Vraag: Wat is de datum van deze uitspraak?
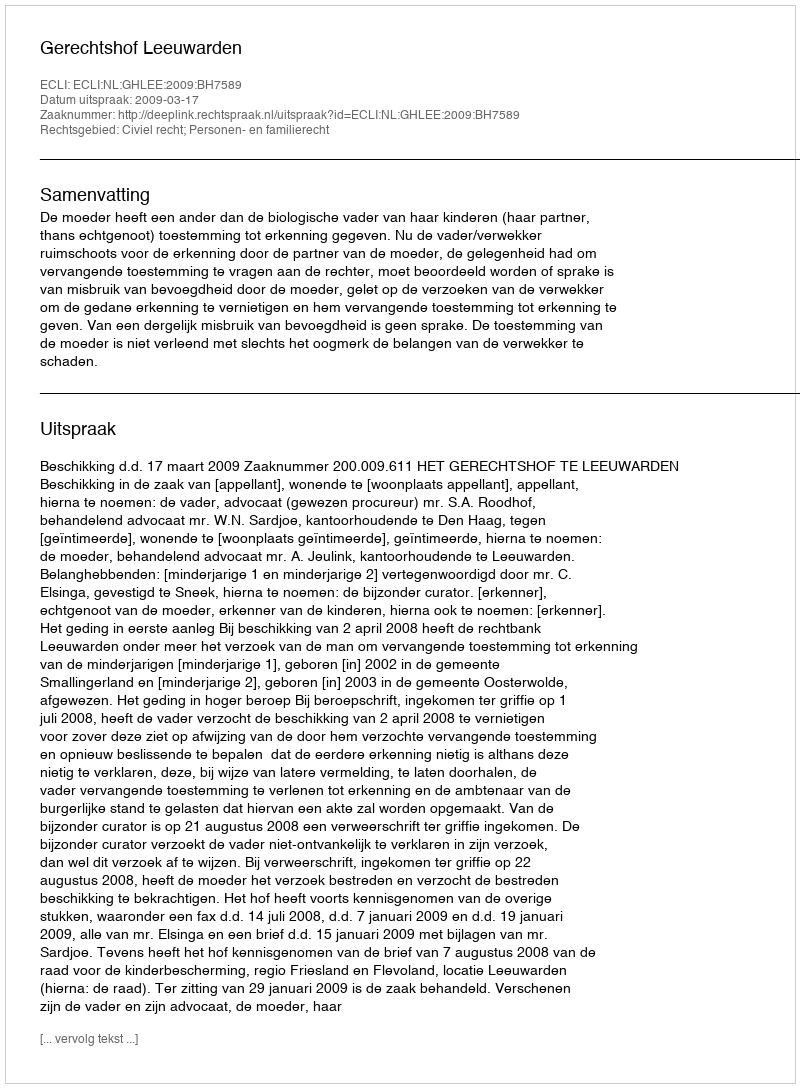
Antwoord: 2009-03-17